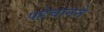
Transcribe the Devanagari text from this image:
पहेचानने